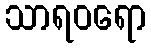
သာရဝရော